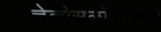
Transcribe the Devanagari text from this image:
चेकोसलोवाकिआ